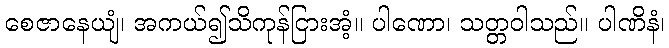
စေဇာနေယျံ၊ အကယ်၍သိကုန်ငြားအံ့။ ပါဏော၊ သတ္တဝါသည်။ ပါဏိနံ၊